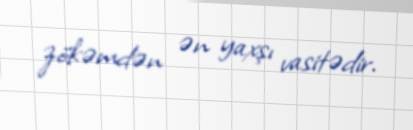
zökəmdən ən yaxşı vasitədir.